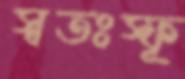
স্বতঃস্ফূ